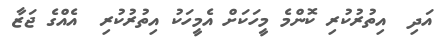
އަދި  އިތުރުކުރި ކޮންމެ މީހަކަށް އެމީހަކު އިތުރުކުރި  އެއްގެ ޖަޒާ